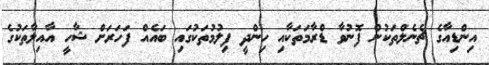
އިންޑިއާގެ ޗެނެލްތަކުން ފޮނުވާ ޑްރާމަތަކާއި ހިންދީ ފިލުމުތަކުގައި ބައެއް ފަހަރަށް ޝާހީ އާއިލާތަކުގެ